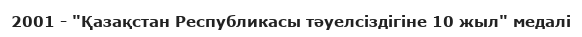
2001 - "Қазақстан Республикасы тәуелсіздігіне 10 жыл" медалі